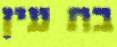
בת עין